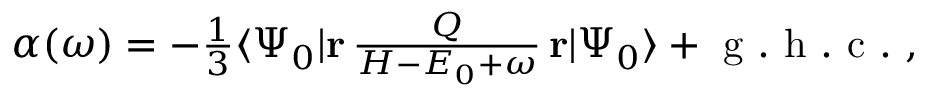
\begin{array} { r } { \alpha ( \omega ) = - \frac { 1 } { 3 } \langle \Psi _ { 0 } | \mathbf { r } \, \frac { Q } { H - E _ { 0 } + \omega } \, \mathbf { r } | \Psi _ { 0 } \rangle + \mathrm { ~ g ~ . ~ h ~ . ~ c ~ . ~ } , } \end{array}